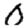
Digit: 0